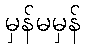
မှန်မမှန်